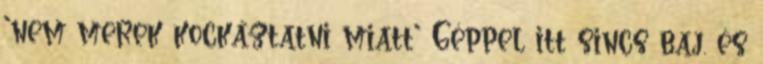
'nem merek kockáztatni miatt' Géppel itt sincs baj. és